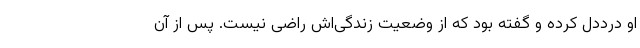
او درددل کرده و گفته بود که از وضعیت زندگی‌اش راضی نیست. پس از آن